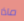
ماذا